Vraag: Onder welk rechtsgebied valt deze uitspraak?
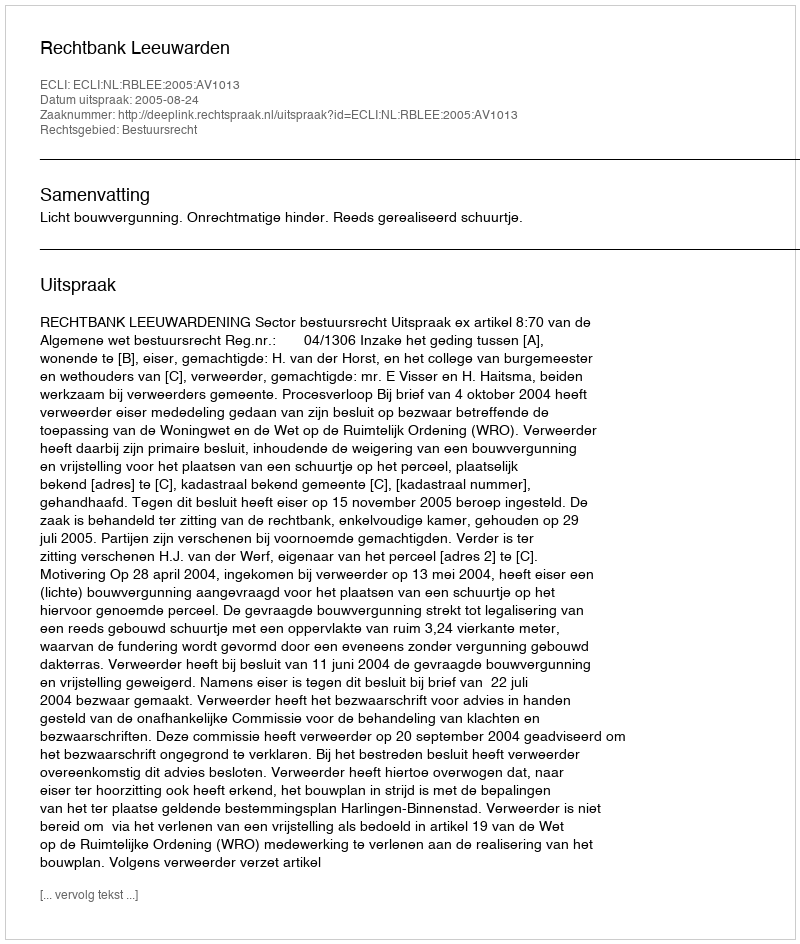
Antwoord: Bestuursrecht